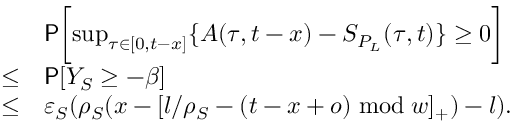
\begin{array} { r l } & { \mathsf { P } \biggl [ \operatorname* { s u p } _ { \tau \in [ 0 , t - x ] } \{ A ( \tau , t - x ) - S _ { P _ { L } } ( \tau , t ) \} \ge 0 \biggr ] } \\ { \le } & { \mathsf { P } [ Y _ { S } \ge - \beta ] } \\ { \le } & { \varepsilon _ { S } ( \rho _ { S } ( x - [ l / \rho _ { S } - ( t - x + o ) \bmod w ] _ { + } ) - l ) . } \end{array}